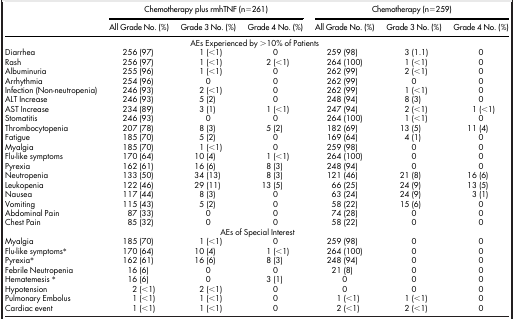
<table><thead><tr><td><b> </b></td><td colspan="3"><b>Chemotherapy plus rmhTNF (n =261)</b></td><td colspan="3"><b>Chemotherapy (n = 259)</b></td></tr><tr><td><b> </b></td><td><b>All Grade No. (%)</b></td><td><b>Grade 3 No. (%)</b></td><td><b>Grade 4 No. (%)</b></td><td><b>All Grade No. (%)</b></td><td><b>Grade 3 No. (%)</b></td><td><b>Grade 4 No. (%)</b></td></tr></thead><tbody><tr><td colspan="7">AEs Experienced by &gt;10% ofPatients</td></tr><tr><td>Diarrhea</td><td>256 (97)</td><td>1 (&lt;1)</td><td>0</td><td>259 (98)</td><td>3 (1.1)</td><td>0</td></tr><tr><td>Rash</td><td>256 (97)</td><td>1 (&lt;1)</td><td>2 (&lt;1)</td><td>264 (100)</td><td>1 (&lt;1)</td><td>0</td></tr><tr><td>Albuminuria</td><td>255 (96)</td><td>1 (&lt;1)</td><td>0</td><td>262 (99)</td><td>2 (&lt;1)</td><td>0</td></tr><tr><td>Arrhythmia</td><td>254 (96)</td><td>0</td><td>0</td><td>262 (99)</td><td>0</td><td>0</td></tr><tr><td>Infection (Non-neutropenia)</td><td>246 (93)</td><td>2 (&lt;1)</td><td>0</td><td>262 (99)</td><td>1 (&lt;1)</td><td>0</td></tr><tr><td>ALT Increase</td><td>246 (93)</td><td>5 (2)</td><td>0</td><td>248 (94)</td><td>8 (3)</td><td>0</td></tr><tr><td>AST Increase</td><td>234 (89)</td><td>3 (1)</td><td>1 (&lt;1)</td><td>247 (94)</td><td>2 (&lt;1)</td><td>1 (&lt;1)</td></tr><tr><td>Stomatitis</td><td>246 (93)</td><td>0</td><td>0</td><td>264 (100)</td><td>1 (&lt;1)</td><td>0</td></tr><tr><td>Thrombocytopenia</td><td>207 (78)</td><td>8 (3)</td><td>5 (2)</td><td>182 (69)</td><td>13 (5)</td><td>11 (4)</td></tr><tr><td>Fatigue</td><td>185 (70)</td><td>5 (2)</td><td>0</td><td>169 (64)</td><td>4 (1)</td><td>0</td></tr><tr><td>Myalgia</td><td>185 (70)</td><td>1 (&lt;1)</td><td>0</td><td>259 (98)</td><td>0</td><td>0</td></tr><tr><td>Flu-like symptoms</td><td>170 (64)</td><td>10 (4)</td><td>1 (&lt;1)</td><td>264 (100)</td><td>0</td><td>0</td></tr><tr><td>Pyrexia</td><td>162 (61)</td><td>16 (6)</td><td>8 (3)</td><td>248 (94)</td><td>0</td><td>0</td></tr><tr><td>Neutropenia</td><td>133 (50)</td><td>34 (13)</td><td>8 (3)</td><td>121 (46)</td><td>21 (8)</td><td>16 (6)</td></tr><tr><td>Leukopenia</td><td>122 (46)</td><td>29 (11)</td><td>13 (5)</td><td>66 (25)</td><td>24 (9)</td><td>13 (5)</td></tr><tr><td>Nausea</td><td>117 (44)</td><td>8 (3)</td><td>0</td><td>63 (24)</td><td>24 (9)</td><td>3 (1)</td></tr><tr><td>Vomiting</td><td>115 (43)</td><td>5 (2)</td><td>0</td><td>58 (22)</td><td>15 (6)</td><td>0</td></tr><tr><td>Abdominal Pain</td><td>87 (33)</td><td>0</td><td>0</td><td>74 (28)</td><td>0</td><td>0</td></tr><tr><td>Chest Pain</td><td>85 (32)</td><td>0</td><td>0</td><td>58 (22)</td><td>0</td><td>0</td></tr><tr><td colspan="7">AEs of Special Interest</td></tr><tr><td>Myalgia</td><td>185 (70)</td><td>1 (&lt;1)</td><td>0</td><td>259 (98)</td><td>0</td><td>0</td></tr><tr><td>Flu-like symptoms*</td><td>170 (64)</td><td>10 (4)</td><td>1 (&lt;1)</td><td>264 (100)</td><td>0</td><td>0</td></tr><tr><td>Pyrexia*</td><td>162 (61)</td><td>16 (6)</td><td>8 (3)</td><td>248 (94)</td><td>0</td><td>0</td></tr><tr><td>Febrile Neutropenia</td><td>16 (6)</td><td>0</td><td>0</td><td>21 (8)</td><td>0</td><td>0</td></tr><tr><td>Hematemesis *</td><td>16 (6)</td><td>0</td><td>3 (1)</td><td>0</td><td>0</td><td>0</td></tr><tr><td>Hypotension</td><td>2 (&lt;1)</td><td>2 (&lt;1)</td><td>0</td><td>0</td><td>0</td><td>0</td></tr><tr><td>Pulmonary Embolus</td><td>1 (&lt;1)</td><td>1 (&lt;1)</td><td>0</td><td>1 (&lt;1)</td><td>1 (&lt;1)</td><td>0</td></tr><tr><td>Cardiac event</td><td>1 (&lt;1)</td><td>1 (&lt;1)</td><td>0</td><td>2 (&lt;1)</td><td>2 (&lt;1)</td><td>0</td></tr></tbody></table>